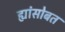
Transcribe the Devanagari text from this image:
ह्यांसोबत